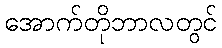
အောက်တိုဘာလတွင်